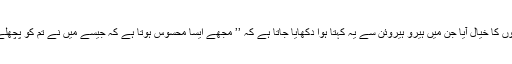
اسے ان رومانی ناولوں کا خیال آیا جن میں ہیرو ہیروئن سے یہ کہتا ہوا دکھایا جاتا ہے کہ ’’ مجھے ایسا محسوس ہوتا ہے کہ جیسے میں نے تم کو پچھلے جنم میں دیکھا تھا۔